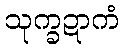
သုက္ခဍာကံ